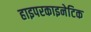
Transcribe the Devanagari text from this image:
हाइपरकाइनेटिक